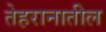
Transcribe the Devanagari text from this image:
तेहरानातील